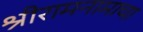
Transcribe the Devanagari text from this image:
श्रीरामनामाचा